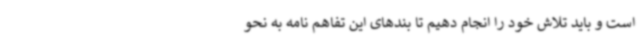
است و باید تلاش خود را انجام دهیم تا بندهای این تفاهم نامه به نحو